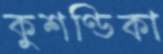
কুশণ্ডিকা